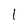
Character: 1